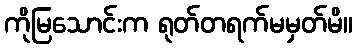
ကိုမြသောင်းက ရုတ်တရက်မမှတ်မိ။